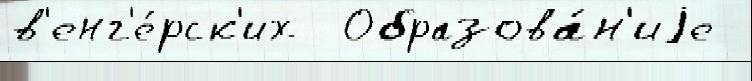
в'енг'е́рск'их  Образова́н'иjе